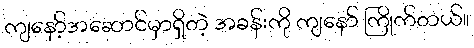
ကျနော့်အဆောင်မှာရှိတဲ့ အခန်းကို ကျနော် ကြိုက်တယ်။